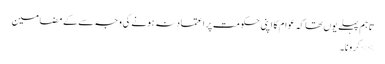
تاہم پہلے یوں تھا کہ عوام کا اپنی حکومت پر اعتماد نہ ہونے کی وجہ سے کے مضامین
>> کرونا۔